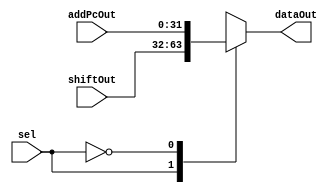
`timescale 1ns/1ns
module MUX21PC(
input [31:0] shiftOut,addPcOut,
input sel,
output reg [31:0] dataOut
);

always @(*)
begin
	case(sel)
		1'b1:
		begin
			dataOut = shiftOut;
		end
		1'b0:
		begin
			dataOut = addPcOut;
		end
	endcase
end
endmodule